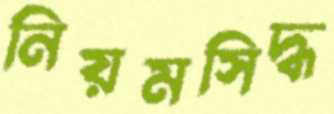
নিয়মসিদ্ধ